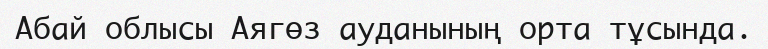
Абай облысы Аягөз ауданының орта тұсында.